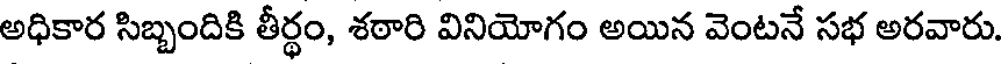
అధికార సిబ్బందికి తీర్థం, శఠారి వినియోగం అయిన వెంటనే సభ అరవారు.